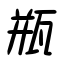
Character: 瓶